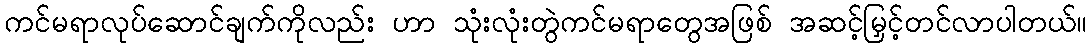
ကင်မရာလုပ်ဆောင်ချက်ကိုလည်း ဟာ သုံးလုံးတွဲကင်မရာတွေအဖြစ် အဆင့်မြှင့်တင်လာပါတယ်။